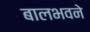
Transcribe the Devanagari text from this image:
बालभवने